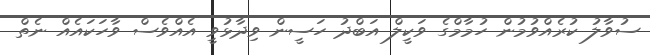
ސުވާލު ކުރެއްވުމުން ހުމާމްގެ ވަކީލް އަބްދު ހަސީން ވިދާޅުވީ އެއްވެސް ވާހަކައެއް ނެތް